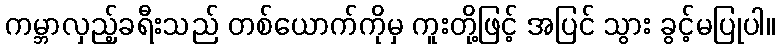
ကမ္ဘာလှည့်ခရီးသည် တစ်ယောက်ကိုမှ ကူးတို့ဖြင့် အပြင် သွား ခွင့်မပြုပါ။